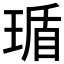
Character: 𬍸